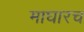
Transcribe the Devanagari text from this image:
माघारच